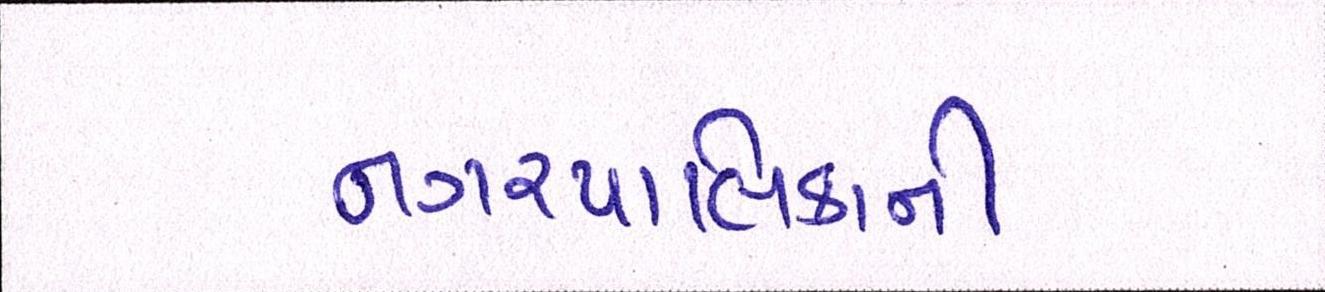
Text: નગરપાલિકાની